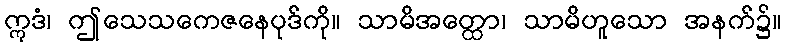
ဣဒံ၊ ဤသေသကေဇနေပုဒ်ကို။ သာမိအတ္ထော၊ သာမိဟူသော အနက်၌။